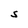
Character: S